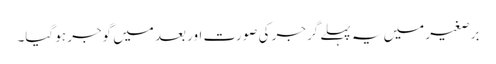
برصغیر میں یہ پہلے گرجر کی صورت اور بعد میں گوجر ہو گیا۔